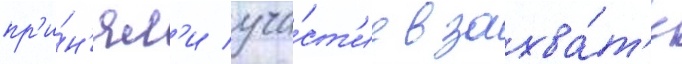
пр'и́н'ял'и уча́ст'ие в захва́т'е